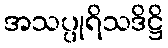
အသပ္ပုရိသဒိဋ္ဌိ